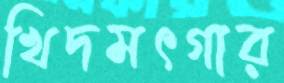
খিদমৎগার